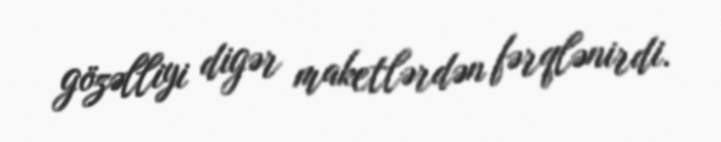
gözəlliyi digər maketlərdən fərqlənirdi.